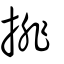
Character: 排